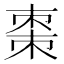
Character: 棗